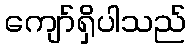
ကျော်ရှိပါသည်